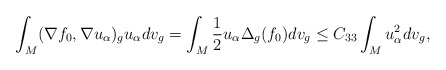
\begin{align*}\int_M(\nabla f_0, \nabla u_\alpha)_gu_\alpha dv_g = \int_M\frac{1}{2}u_\alpha\Delta_g(f_0)dv_g \leq C_{33}\int_Mu_\alpha^2dv_g,\end{align*}